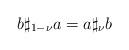
LaTeX: \begin{align*}b\sharp _{1-\nu }a=a\sharp _{\nu }b \end{align*}